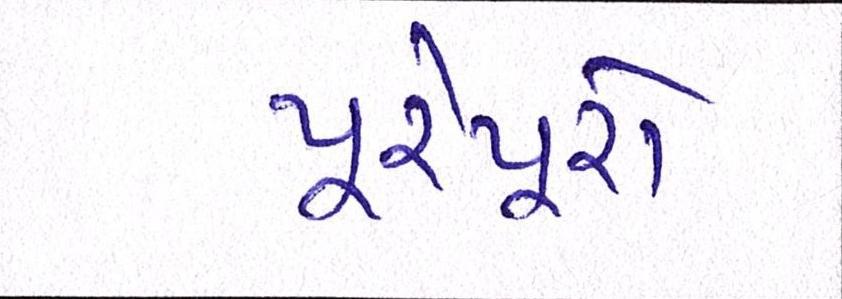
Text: પૂરેપૂરો